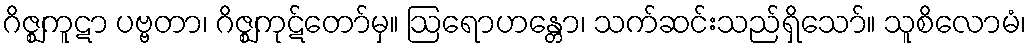
ဂိဇ္ဈကူဋာ ပဗ္ဗတာ၊ ဂိဇ္ဈကုဋ်တော်မှ။ ဩရောဟန္တော၊ သက်ဆင်းသည်ရှိသော်။ သူစိလောမံ၊